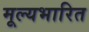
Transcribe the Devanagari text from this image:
मूल्यभारित